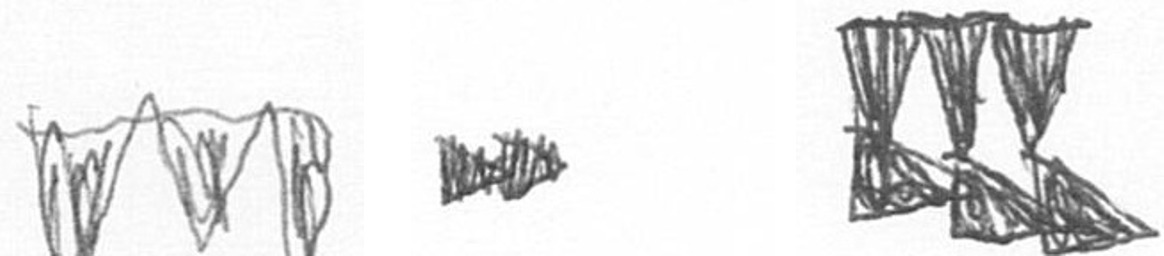
L A D